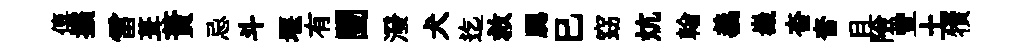
僖擴雷葺蕡忌斗堰有闉潑犬迄救腮巳窈炕翰義嶻杳奮且險豐土犢